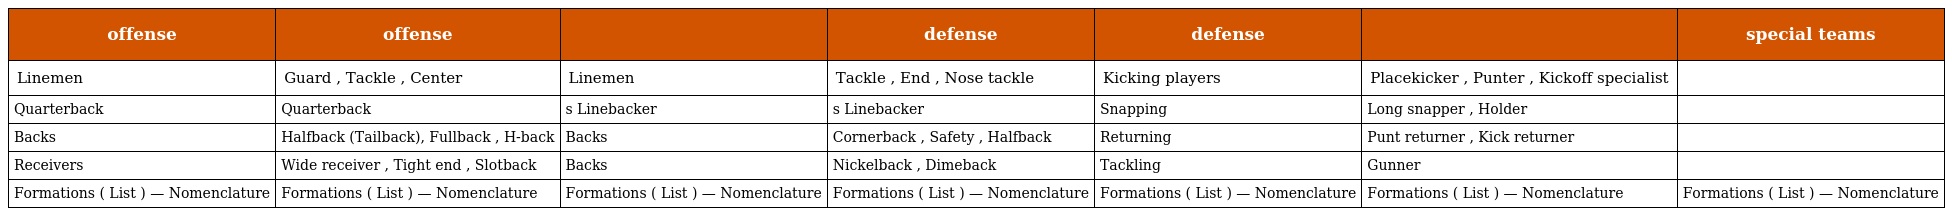
| offense | offense |  | defense | defense |  | special teams |
 | --- | --- | --- | --- | --- | --- | --- |
 | Linemen | Guard , Tackle , Center | Linemen | Tackle , End , Nose tackle | Kicking players | Placekicker , Punter , Kickoff specialist |  |
 | Quarterback | Quarterback | s Linebacker | s Linebacker | Snapping | Long snapper , Holder |  |
 | Backs | Halfback (Tailback), Fullback , H-back | Backs | Cornerback , Safety , Halfback | Returning | Punt returner , Kick returner |  |
 | Receivers | Wide receiver , Tight end , Slotback | Backs | Nickelback , Dimeback | Tackling | Gunner |  |
 | Formations ( List ) — Nomenclature | Formations ( List ) — Nomenclature | Formations ( List ) — Nomenclature | Formations ( List ) — Nomenclature | Formations ( List ) — Nomenclature | Formations ( List ) — Nomenclature | Formations ( List ) — Nomenclature |